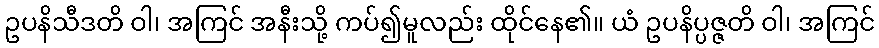
ဥပနိသီဒတိ ဝါ၊ အကြင် အနီးသို့ ကပ်၍မူလည်း ထိုင်နေ၏။ ယံ ဥပနိပ္ပဇ္ဇတိ ဝါ၊ အကြင်